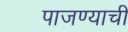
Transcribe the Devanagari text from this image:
पाजण्याची